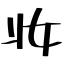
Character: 妝